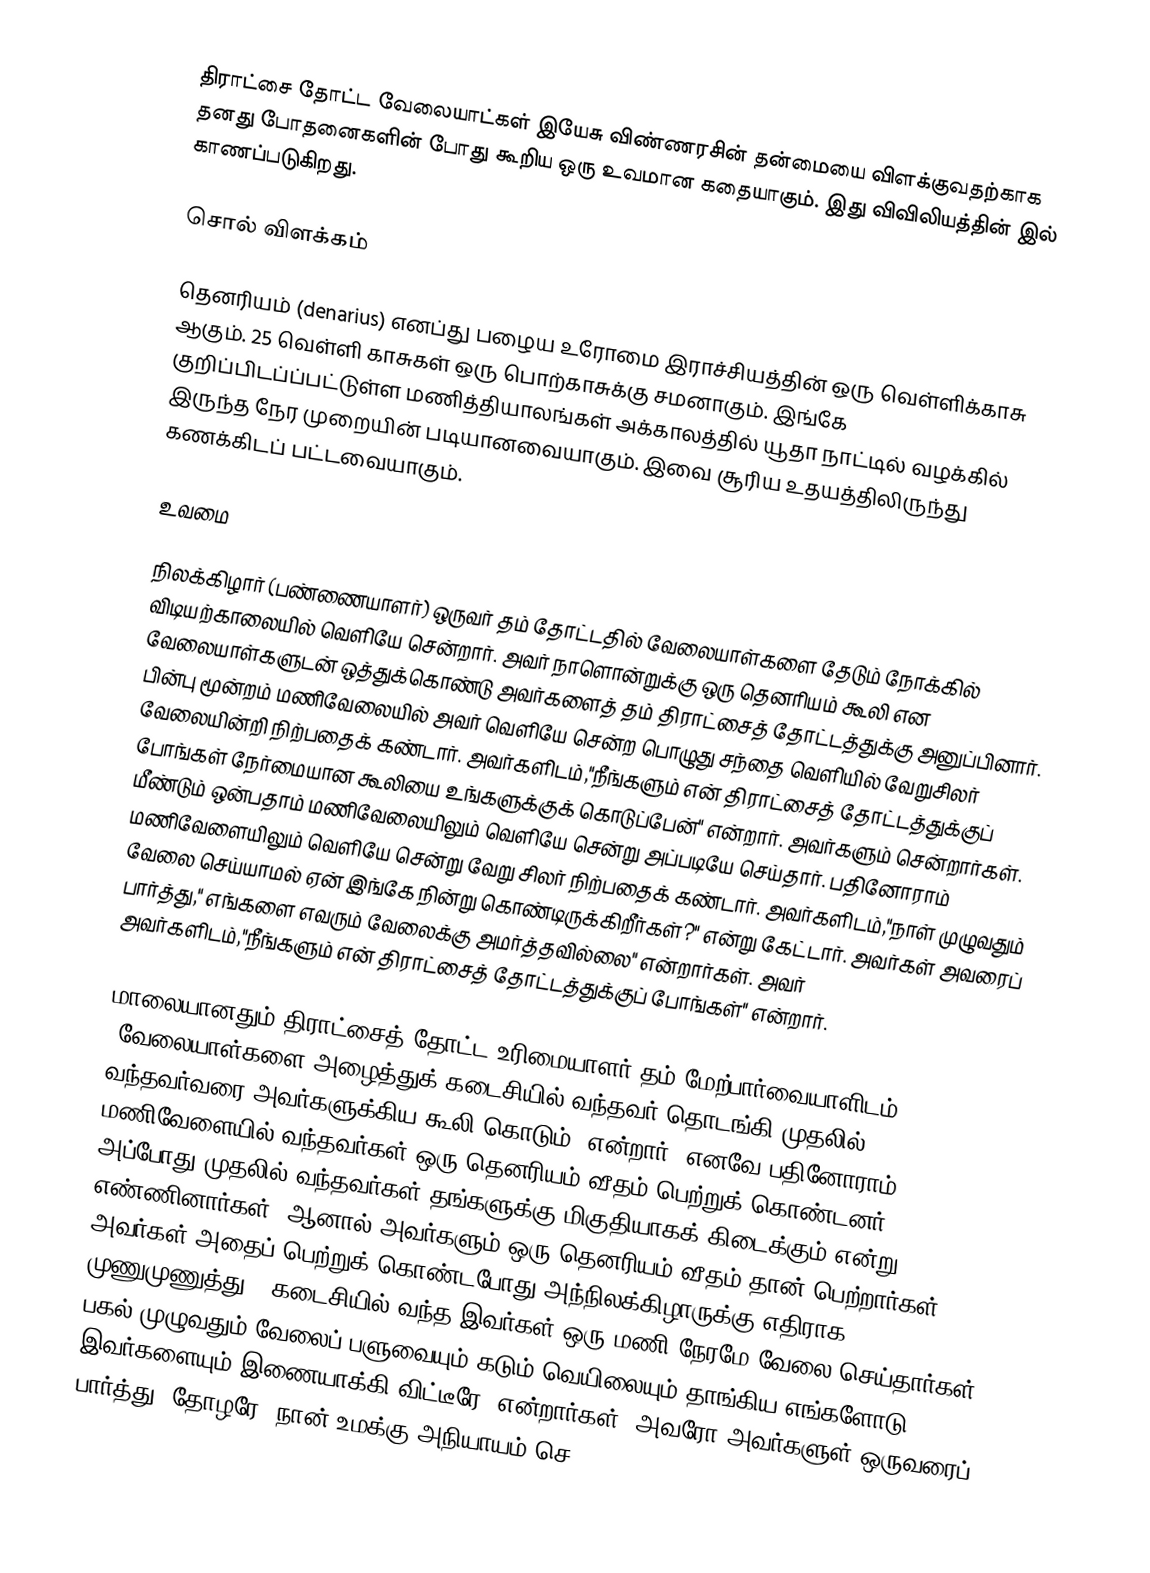
திராட்சை தோட்ட வேலையாட்கள் இயேசு விண்ணரசின் தன்மையை விளக்குவதற்காக தனது போதனைகளின் போது கூறிய ஒரு உவமான கதையாகும். இது விவிலியத்தின்  இல் காணப்படுகிறது.

சொல் விளக்கம்

தெனரியம் (denarius) எனப்து பழைய உரோமை இராச்சியத்தின் ஒரு வெள்ளிக்காசு ஆகும். 25 வெள்ளி காசுகள் ஒரு பொற்காசுக்கு சமனாகும். இங்கே குறிப்பிடப்ப்பட்டுள்ள மணித்தியாலங்கள் அக்காலத்தில் யூதா நாட்டில் வழக்கில் இருந்த நேர முறையின் படியானவையாகும். இவை சூரிய உதயத்திலிருந்து கணக்கிடப் பட்டவையாகும்.

உவமை

நிலக்கிழார் (பண்ணையாளர்) ஒருவர் தம் தோட்டதில் வேலையாள்களை தேடும் நோக்கில் விடியற்காலையில் வெளியே சென்றார். அவர் நாளொன்றுக்கு ஒரு தெனரியம் கூலி என வேலையாள்களுடன் ஒத்துக்கொண்டு அவர்களைத் தம் திராட்சைத் தோட்டத்துக்கு அனுப்பினார். பின்பு மூன்றம் மணிவேலையில் அவர் வெளியே சென்ற பொழுது சந்தை வெளியில் வேறுசிலர் வேலையின்றி நிற்பதைக் கண்டார்.  அவர்களிடம்,"நீங்களும் என் திராட்சைத் தோட்டத்துக்குப் போங்கள் நேர்மையான கூலியை உங்களுக்குக் கொடுப்பேன்" என்றார். அவர்களும் சென்றார்கள். மீண்டும் ஒன்பதாம் மணிவேலையிலும் வெளியே சென்று அப்படியே செய்தார். பதினோராம் மணிவேளையிலும் வெளியே சென்று வேறு சிலர் நிற்பதைக் கண்டார். அவர்களிடம்,"நாள் முழுவதும் வேலை செய்யாமல் ஏன் இங்கே நின்று கொண்டிருக்கிறீர்கள்?" என்று கேட்டார். அவர்கள் அவரைப் பார்த்து," எங்களை எவரும் வேலைக்கு அமர்த்தவில்லை" என்றார்கள். அவர் அவர்களிடம்,"நீங்களும் என் திராட்சைத் தோட்டத்துக்குப் போங்கள்" என்றார்.

மாலையானதும் திராட்சைத் தோட்ட உரிமையாளர் தம் மேற்பார்வையாளிடம், "வேலையாள்களை அழைத்துக் கடைசியில் வந்தவர் தொடங்கி முதலில் வந்தவர்வரை அவர்களுக்கிய கூலி கொடும்" என்றார். எனவே பதினோராம் மணிவேளையில் வந்தவர்கள் ஒரு தெனரியம் வீதம் பெற்றுக் கொண்டனர்.  அப்போது முதலில் வந்தவர்கள் தங்களுக்கு மிகுதியாகக் கிடைக்கும் என்று எண்ணினார்கள். ஆனால் அவர்களும் ஒரு தெனரியம் வீதம் தான் பெற்றார்கள். அவர்கள் அதைப் பெற்றுக் கொண்டபோது அந்நிலக்கிழாருக்கு எதிராக முணுமுணுத்து,  "கடைசியில் வந்த இவர்கள் ஒரு மணி நேரமே வேலை செய்தார்கள். பகல் முழுவதும் வேலைப் பளுவையும் கடும் வெயிலையும் தாங்கிய எங்களோடு இவர்களையும் இணையாக்கி விட்டீரே" என்றார்கள். அவரோ அவர்களுள் ஒருவரைப் பார்த்து,"தோழரே, நான் உமக்கு அநியாயம் செ